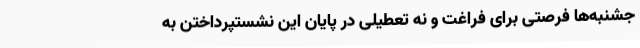
جشنبه‌ها فرصتی برای فراغت و نه تعطیلی در پایان این نشستپرداختن به